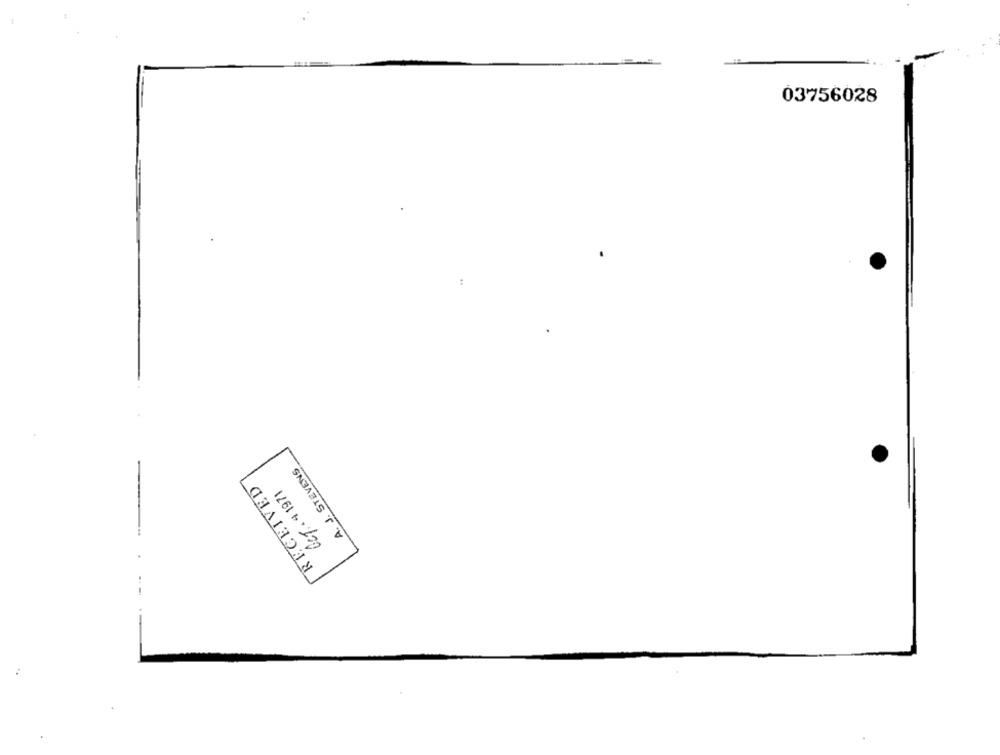
03756028
A. J. STEVENS
RECEIVED
OCT. 4 1971